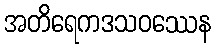
အတိရေကဒသဝဿေန